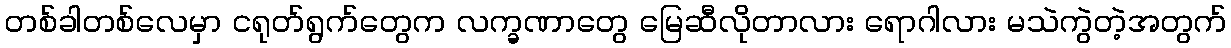
တစ်ခါတစ်လေမှာ ငရုတ်ရွက်တွေက လက္ခဏာတွေ မြေဆီလိုတာလား ရောဂါလား မသဲကွဲတဲ့အတွက်